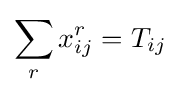
\sum _{r}{x_{ij}^{r}=T_{ij}}